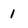
Character: 1